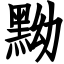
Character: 黝